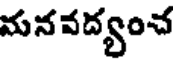
మనవద్యంచ